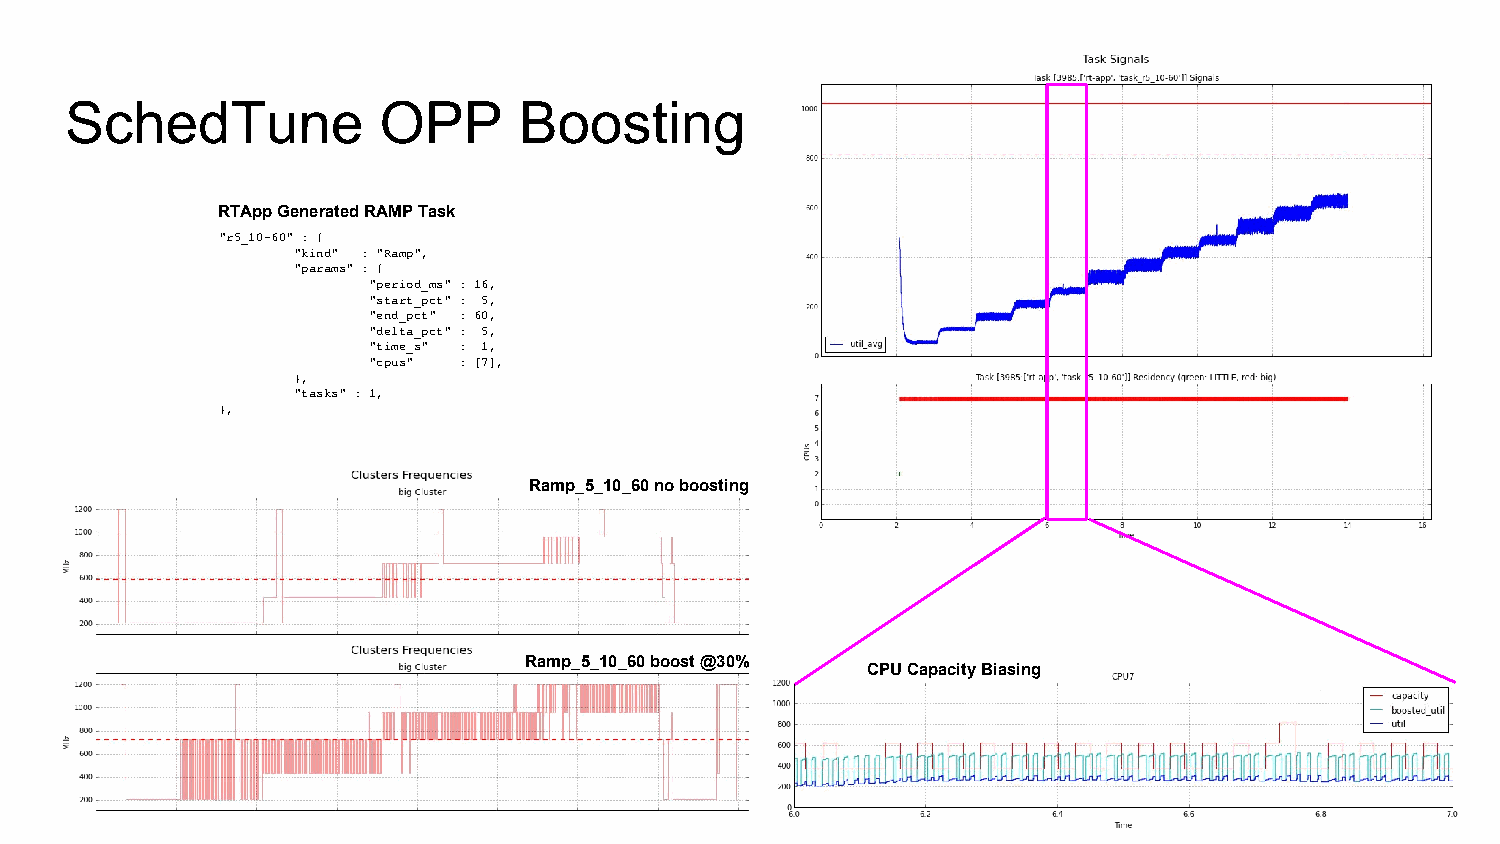
SchedTune            OPP      Boosting
 RTApp Generated RAMP Task
 "r5_10-60" : {
 "kind" : "Ramp",
 "params" : {
 "period_ms" : 16,
 "start_pct" : 5,
 "end_pct" : 60,
 "delta_pct" : 5,
 "time_s" : 1,
 "cpus" : [7],
 },
 "tasks" : 1,
 },
 Ramp_5_10_60 no boosting
 Ramp_5_10_60 boost @30%
 CPU Capacity Biasing